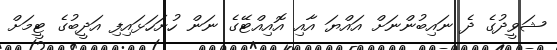
ޝަވީދުގެ ދެ ނައިބުންނަށް އައްޔަ އާއި އޮއިއްޓޭގެ ނަން ހުށަހަޅައިފި އަދީބުގެ ޓީމަށް